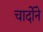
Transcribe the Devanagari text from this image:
चार्दोने